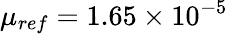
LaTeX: \mu_{ref}=1.65\times 10^{-5}